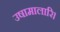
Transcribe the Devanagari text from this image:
उषामालारि।